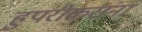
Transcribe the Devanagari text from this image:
हुपरीकरांना